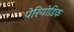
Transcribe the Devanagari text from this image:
पेरियोडिक